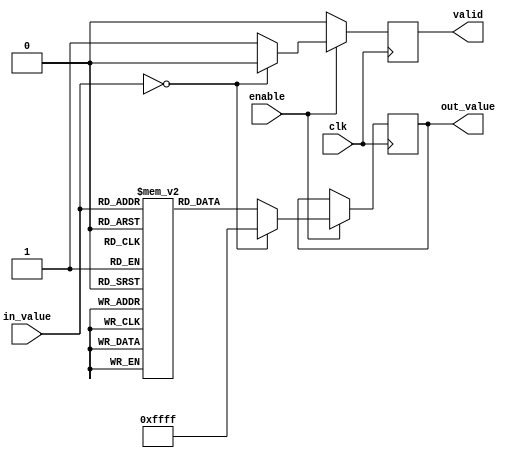
module lut_reciprocal (
    input wire [7:0] in_value,     // 8-bit input value
    input wire clk,                 // Clock signal
    input wire enable,              // Enable signal for the operation
    output reg [15:0] out_value,    // 16-bit output value for the reciprocal
    output reg valid                // Output valid signal
);

    // LUT for reciprocal values (scaled for 16-bit output)
    reg [15:0] lut [0:255]; // 256 entries for 8-bit input

    // Initialize the LUT with precomputed reciprocal values
    initial begin
        // Populate the LUT with reciprocal values (scaled)
        // Note: lut[0] is typically undefined (division by zero)
        lut[1] = 16'hFFFF; // 1/1 = 1.0 (scaled)
        lut[2] = 16'h7FFF; // 1/2 = 0.5 (scaled)
        lut[3] = 16'h5555; // 1/3  0.3333 (scaled)
        // ... Fill in other values ...
        // Example for a few more:
        lut[4] = 16'h4000; // 1/4 = 0.25 (scaled)
        lut[5] = 16'h3333; // 1/5 = 0.2 (scaled)
        // Continue filling in the LUT for all values up to 255
        // For brevity, not all values are filled in this example
        // You would typically compute these values using a script
        // or a tool to ensure precision.
        lut[255] = 16'h0001; // 1/255  0.0039 (scaled)
    end

    // Control logic to handle input and output
    always @(posedge clk) begin
        if (enable) begin
            if (in_value == 8'b0) begin
                out_value <= 16'hFFFF; // Handle division by zero case
                valid <= 1'b0;         // Invalid output
            end else begin
                out_value <= lut[in_value]; // Lookup the reciprocal
                valid <= 1'b1;              // Valid output
            end
        end else begin
            valid <= 1'b0; // Reset valid signal when not enabled
        end
    end

endmodule